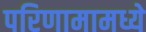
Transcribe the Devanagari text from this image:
परिणामामध्ये